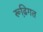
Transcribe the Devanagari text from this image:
रूढि़गत